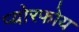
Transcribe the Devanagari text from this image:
प्योरफोय